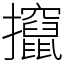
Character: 攛